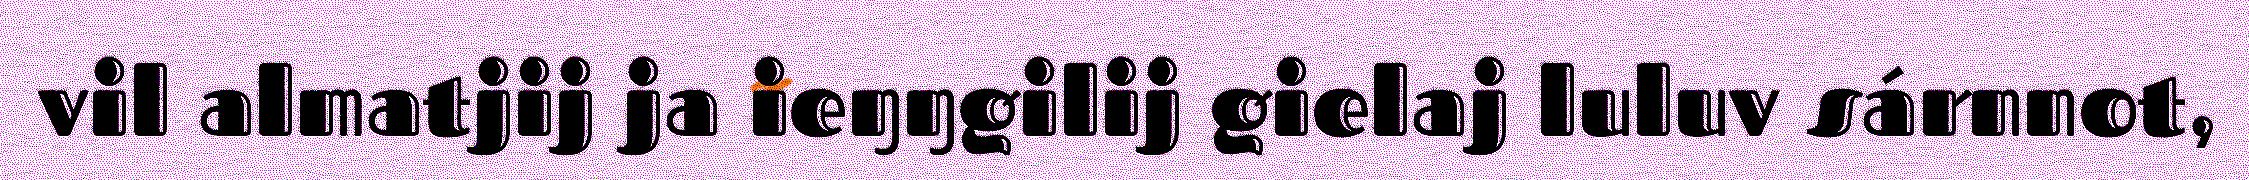
vil almatjij ja ieŋŋgilij gielaj luluv sárnnot,